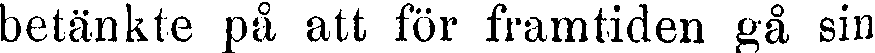
betänkte på att för framtiden gå sin